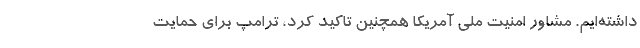
داشته‌ایم. مشاور امنیت ملی آمریکا همچنین تاکید کرد، ترامپ برای حمایت